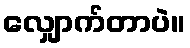
လျှောက်တာပဲ။